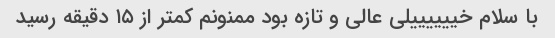
با سلام خییییییلی عالی و تازه بود ممنونم کمتر از ۱۵ دقیقه رسید